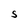
Character: S